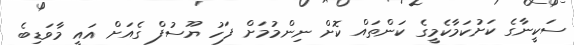
ސަކީނާގެ ކަށުކަމާކެމީގެ ކަންތައް ކޮށް ނިންމުމަށް ފަހު ޔޫސުފް ގެއަށް އައީ މާވަޑިބެ